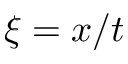
\xi = x / t